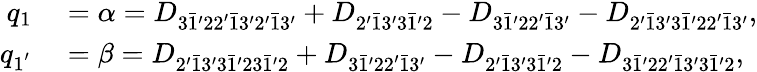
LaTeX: \begin{array}{rl}{q_{1}}&{{}=\alpha={D_{3\bar{1}^{\prime}22^{\prime}\bar{1}3^{\prime}2^{\prime}\bar{1}3^{\prime}}}+{D_{2^{\prime}\bar{1}3^{\prime}3\bar{1}^{\prime}2}}-{D_{3\bar{1}^{\prime}22^{\prime}\bar{1}3^{\prime}}}-{D_{2^{\prime}\bar{1}3^{\prime}3\bar{1}^{\prime}22^{\prime}\bar{1}3^{\prime}}},}\\ {q_{1^{'}}}&{{}=\beta={D_{2^{\prime}\bar{1}3^{\prime}3\bar{1}^{\prime}23\bar{1}^{\prime}2}}+{D_{3\bar{1}^{\prime}22^{\prime}\bar{1}3^{\prime}}}-{D_{2^{\prime}\bar{1}3^{\prime}3\bar{1}^{\prime}2}}-{D_{3\bar{1}^{\prime}22^{\prime}\bar{1}3^{\prime}3\bar{1}^{\prime}2}},}\end{array}